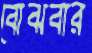
বোঝবার